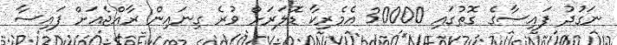
ނަގުދު ފައިސާގެ ގޮތުގައި 30000 އެމެރިކާ ޑޮލަރަށް ވުރެ ގިނައިން ރާއްޖެއަށް ފައިސާ